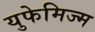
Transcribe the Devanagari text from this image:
युफेमिज्म